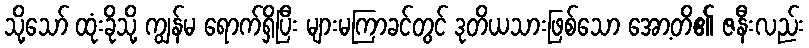
သို့သော် ထုံးခိုသို့ ကျွန်မ ရောက်ရှိပြီး များမကြာခင်တွင် ဒုတိယသားဖြစ်သော အော့တိ၏ ဇနီးလည်း